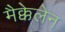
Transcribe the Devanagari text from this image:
मैक्केलेन